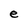
Character: e